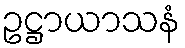
ဥဋ္ဌာယာသနံ